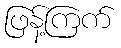
ဖြန့်ကြက်